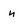
Character: n